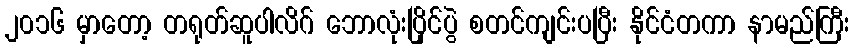
၂၀၁၆ မှာတော့ တရုတ်ဆူပါလိဂ် ဘောလုံးပြိုင်ပွဲ စတင်ကျင်းပပြီး နိုင်ငံတကာ နာမည်ကြီး